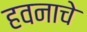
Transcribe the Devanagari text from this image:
हवनाचे